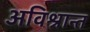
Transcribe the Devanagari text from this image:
अविश्रान्त